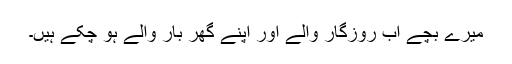
میرے بچے اب روزگار والے اور اپنے گھر بار والے ہو چکے ہیں۔